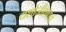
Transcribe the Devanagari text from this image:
यशोजीवनाचा